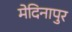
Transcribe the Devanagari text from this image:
मेदिनापुर